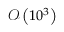
\mathcal { O } \left( 1 0 ^ { 3 } \right)